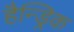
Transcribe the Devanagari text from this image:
हैन्ड्रिक